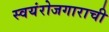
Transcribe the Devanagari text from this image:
स्वयंरोजगाराची